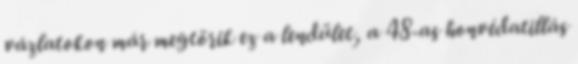
vázlatokon már megtörik ez a lendület, a 48-as honvédatillás